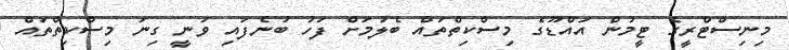
މިނިސްޓްރީގެ ޓީމުން އައްޑޫގެ މިސްކިތްތައް ބެލުމަށް ފަހު ބުނެފައި ވަނީ ގިނަ މިސްކިތްތައް